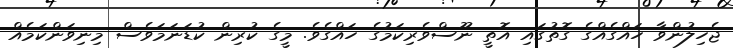
ޖެހިލުންވާ ހައްގެއްގެ ގޮތުގައި އޮތީ ނޫސްވެރިކަމުގެ ހައްގެވެ. މީގެ ކުރިން ކުޑަނަމަވެސް މިިނިވަންކަމެއް